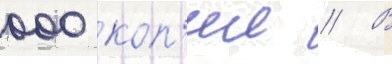
000 коп'ии // В